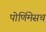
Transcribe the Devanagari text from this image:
पोर्णिमेसच